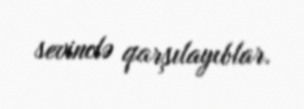
sevinclə qarşılayıblar.